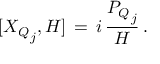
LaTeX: [ { X _ { Q } } _ { j } , { \cal H } ] \, = \, i \, \frac { { P _ { Q } } _ { j } } { \cal H } \, .